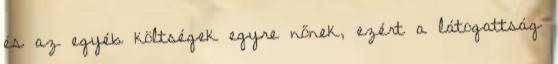
és az egyéb költségek egyre nőnek, ezért a látogattság